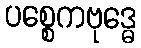
ပစ္စေကဗုဒ္ဓေ